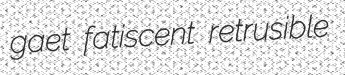
gaet fatiscent retrusible